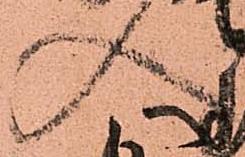
入